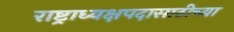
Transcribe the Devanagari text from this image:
राष्ट्राध्यक्षपदासाठीच्या